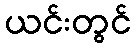
ယင်းတွင်